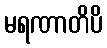
မရဏာတိပိ